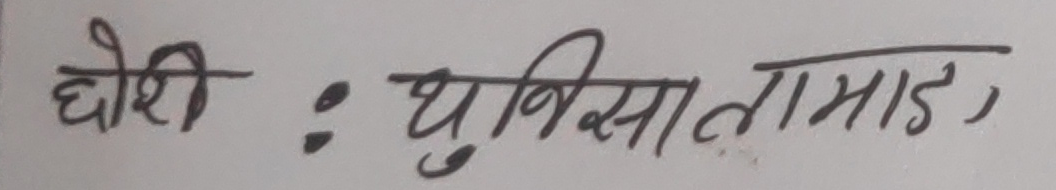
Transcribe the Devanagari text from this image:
घोरी : धुनिशातामाङ,